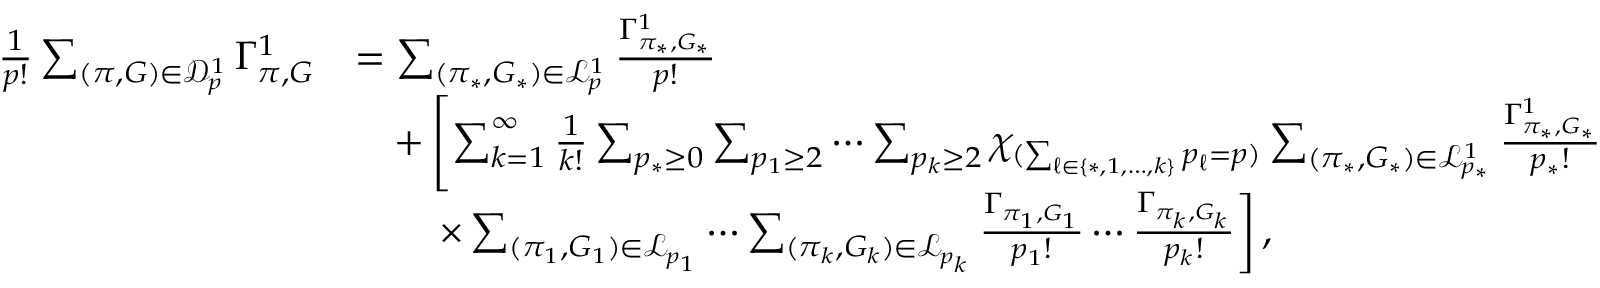
\begin{array} { r l } { \frac { 1 } { p ! } \sum _ { ( \pi , G ) \in \mathcal { D } _ { p } ^ { 1 } } \Gamma _ { \pi , G } ^ { 1 } } & { = \sum _ { ( \pi _ { * } , G _ { * } ) \in \mathcal { L } _ { p } ^ { 1 } } \frac { \Gamma _ { \pi _ { * } , G _ { * } } ^ { 1 } } { p ! } } \\ & { \quad + \left[ \sum _ { k = 1 } ^ { \infty } \frac { 1 } { k ! } \sum _ { p _ { * } \geq 0 } \sum _ { p _ { 1 } \geq 2 } \cdots \sum _ { p _ { k } \geq 2 } \chi _ { ( \sum _ { \ell \in \{ * , 1 , \ldots , k \} } p _ { \ell } = p ) } \sum _ { ( \pi _ { * } , G _ { * } ) \in \mathcal { L } _ { p _ { * } } ^ { 1 } } \frac { \Gamma _ { \pi _ { * } , G _ { * } } ^ { 1 } } { p _ { * } ! } \right. } \\ & { \qquad \left. \times \sum _ { ( \pi _ { 1 } , G _ { 1 } ) \in \mathcal { L } _ { p _ { 1 } } } \cdots \sum _ { ( \pi _ { k } , G _ { k } ) \in \mathcal { L } _ { p _ { k } } } \frac { \Gamma _ { \pi _ { 1 } , G _ { 1 } } } { p _ { 1 } ! } \cdots \frac { \Gamma _ { \pi _ { k } , G _ { k } } } { p _ { k } ! } \right] , } \end{array}